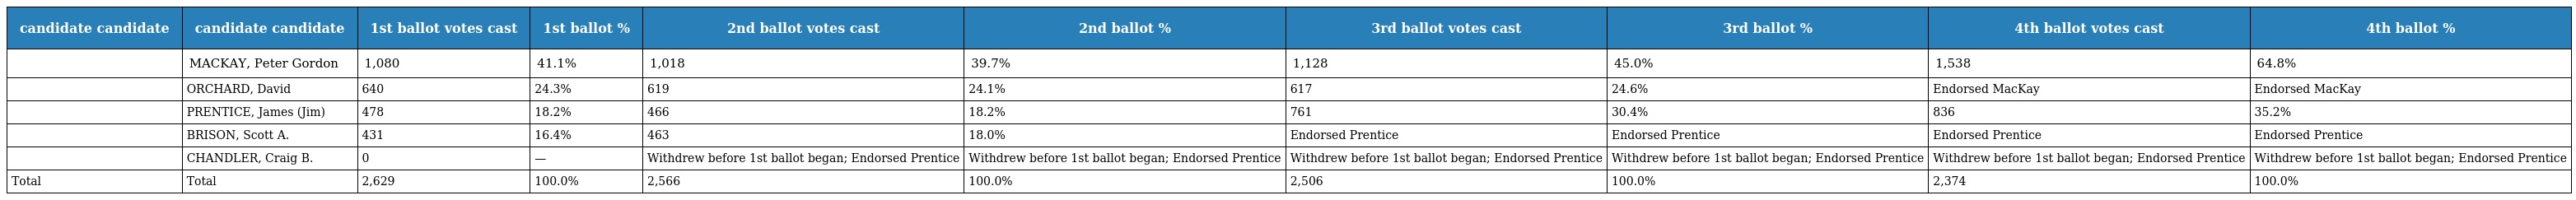
| candidate candidate | candidate candidate | 1st ballot votes cast | 1st ballot % | 2nd ballot votes cast | 2nd ballot % | 3rd ballot votes cast | 3rd ballot % | 4th ballot votes cast | 4th ballot % |
 | --- | --- | --- | --- | --- | --- | --- | --- | --- | --- |
 |  | MACKAY, Peter Gordon | 1,080 | 41.1% | 1,018 | 39.7% | 1,128 | 45.0% | 1,538 | 64.8% |
 |  | ORCHARD, David | 640 | 24.3% | 619 | 24.1% | 617 | 24.6% | Endorsed MacKay | Endorsed MacKay |
 |  | PRENTICE, James (Jim) | 478 | 18.2% | 466 | 18.2% | 761 | 30.4% | 836 | 35.2% |
 |  | BRISON, Scott A. | 431 | 16.4% | 463 | 18.0% | Endorsed Prentice | Endorsed Prentice | Endorsed Prentice | Endorsed Prentice |
 |  | CHANDLER, Craig B. | 0 | — | Withdrew before 1st ballot began; Endorsed Prentice | Withdrew before 1st ballot began; Endorsed Prentice | Withdrew before 1st ballot began; Endorsed Prentice | Withdrew before 1st ballot began; Endorsed Prentice | Withdrew before 1st ballot began; Endorsed Prentice | Withdrew before 1st ballot began; Endorsed Prentice |
 | Total | Total | 2,629 | 100.0% | 2,566 | 100.0% | 2,506 | 100.0% | 2,374 | 100.0% |